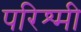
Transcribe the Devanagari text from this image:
परिश्मी